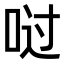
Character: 𫪀